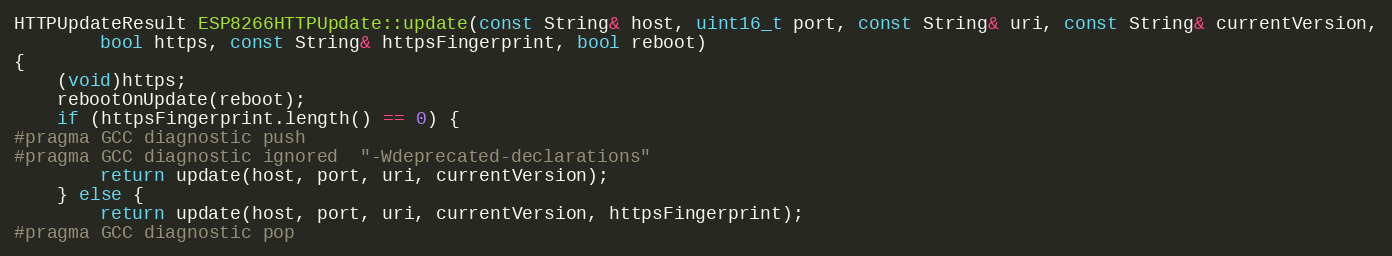
Language: C++
HTTPUpdateResult ESP8266HTTPUpdate::update(const String& host, uint16_t port, const String& uri, const String& currentVersion,
        bool https, const String& httpsFingerprint, bool reboot)
{
    (void)https;
    rebootOnUpdate(reboot);
    if (httpsFingerprint.length() == 0) {
#pragma GCC diagnostic push
#pragma GCC diagnostic ignored  "-Wdeprecated-declarations"
        return update(host, port, uri, currentVersion);
    } else {
        return update(host, port, uri, currentVersion, httpsFingerprint);
#pragma GCC diagnostic pop